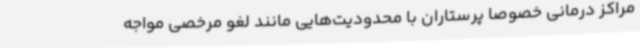
مراکز درمانی خصوصا پرستاران با محدودیت‌هایی مانند لغو مرخصی مواجه